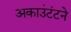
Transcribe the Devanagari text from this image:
अकाउंटंटने